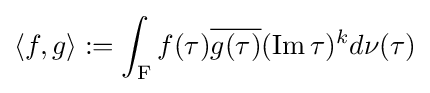
\langle f,g\rangle :=\int _{\mathrm {F} }f(\tau ){\overline {g(\tau )}}(\operatorname {Im} \tau )^{k}d\nu (\tau )